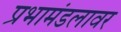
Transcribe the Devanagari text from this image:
प्रभामंडलावर